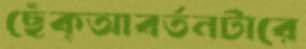
ছেঁক্‌আবর্তনটারে